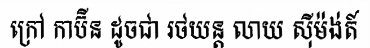
ក្រៅ កាប៊ីន ដូចជា រថយន្ត លាយ ស៊ីម៉ង់ត៍